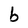
Character: b